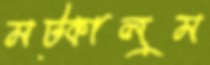
মট্‌কালুম